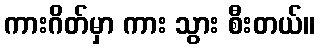
ကားဂိတ်မှာ ကား သွား စီးတယ်။